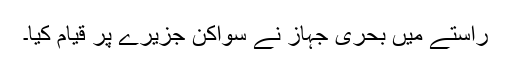
راستے میں بحری جہاز نے سواکن جزیرے پر قیام کیا۔